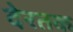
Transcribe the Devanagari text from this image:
देरतक